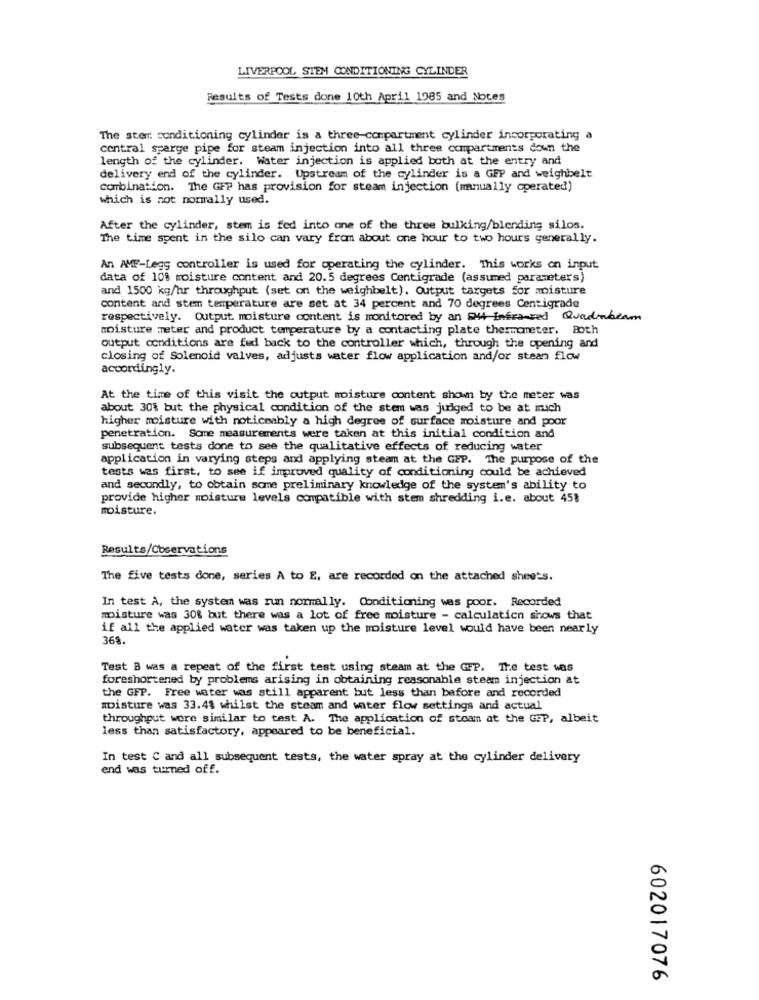
LIVERPOOL STEM CONDITIONING CYLINDER
Results of Tests done 10th April 1985 and Notes
The stem conditioning cylinder is a three-compartment cylinder incorporating a
central sparge pipe for steam injection into all three compartments down the
length of the cylinder. Water injection is applied both at the entry and
delivery end of the cylinder. Upstream of the cylinder is a GFP and weighbelt
combination. The GFP has provision for steam injection (manually operated)
which is not normally used.
After the cylinder, stem is fed into one of the three bulking/blending silos.
The time spent in the silo can vary from about one hour to two hours generally.
An AMF-Legg controller is used for operating the cylinder. This works on input
data of 10% moisture content and 20.5 degrees Centigrade (assumed parameters)
and 1500 kg/hr throughput (set on the weighbelt). Output targets for moisture
content and stem temperature are set at 34 percent and 70 degrees Centigrade
respectively. Output moisture content is monitored by an 244 Infra-red Quadrabeam
moisture meter and product temperature by a contacting plate thermometer. Both
output conditions are fed back to the controller which, through the opening and
closing of Solenoid valves, adjusts water flow application and/or stean flow
accordingly.
At the time of this visit the output moisture content shown by the meter was
about 30% but the physical condition of the stem was judged to be at much
higher moisture with noticeably a high degree of surface moisture and poor
penetration. Some measurements were taken at this initial condition and
subsequent tests done to see the qualitative effects of reducing water
application in varying steps and applying steam at the GEP. The purpose of the
tests was first, to see if improved quality of conditioning could be achieved
and secondly, to obtain some preliminary knowledge of the system's ability to
provide higher moisture levels compatible with stem shredding i.e. about 45%
moisture.
Results/Coservations
The five tests done, series A to E, are recorded on the attached sheets.
In test A, the system was run normally. Conditioning was poor. Recorded
moisture was 30% but there was a lot of free moisture - calculation shows that
if all the applied water was taken up the moisture level would have been nearly
368.
Test B was a repeat of the first test using steam at the GFP. The test was
foreshortened by problems arising in obtaining reasonable steam injection at
the GFP. Free water was still apparent but less than before and recorded
moisture was 33.4$ whilst the steam and water flow settings and actual
throughput were similar to test A. The application of steam at the GFP, albeit
less than satisfactory, appeared to be beneficial.
In test C and all subsequent tests, the water spray at the cylinder delivery
end was turned off.
602017076